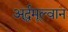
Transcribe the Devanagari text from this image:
अर्द्धमूल्वान